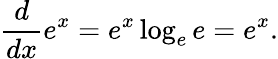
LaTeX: {\frac{d}{dx}}e^{x}=e^{x}\log_{e}e=e^{x}.